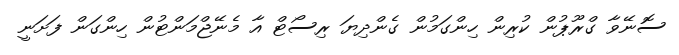
ސޮނޭވާ ގްރޫޕުން ކުރިން ހިންގަމުން ގެންދިޔަ ރިސޯޓް އާ މެނޭޖްމަންޓުން ހިންގަން ފަށަނީ